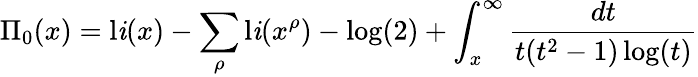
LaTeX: \Pi_{0}(x)=\operatorname{l\mathit{i}}(x)-\sum_{\rho}\operatorname{l\mathit{i}}(x^{\rho})-\log(2)+\int_{x}^{\infty}{\frac{{dt}}{{t(t^{2}-1)\log(t)}}}